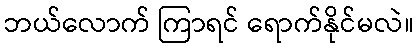
ဘယ်လောက် ကြာရင် ရောက်နိုင်မလဲ။